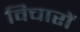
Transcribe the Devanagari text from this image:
विचाराें